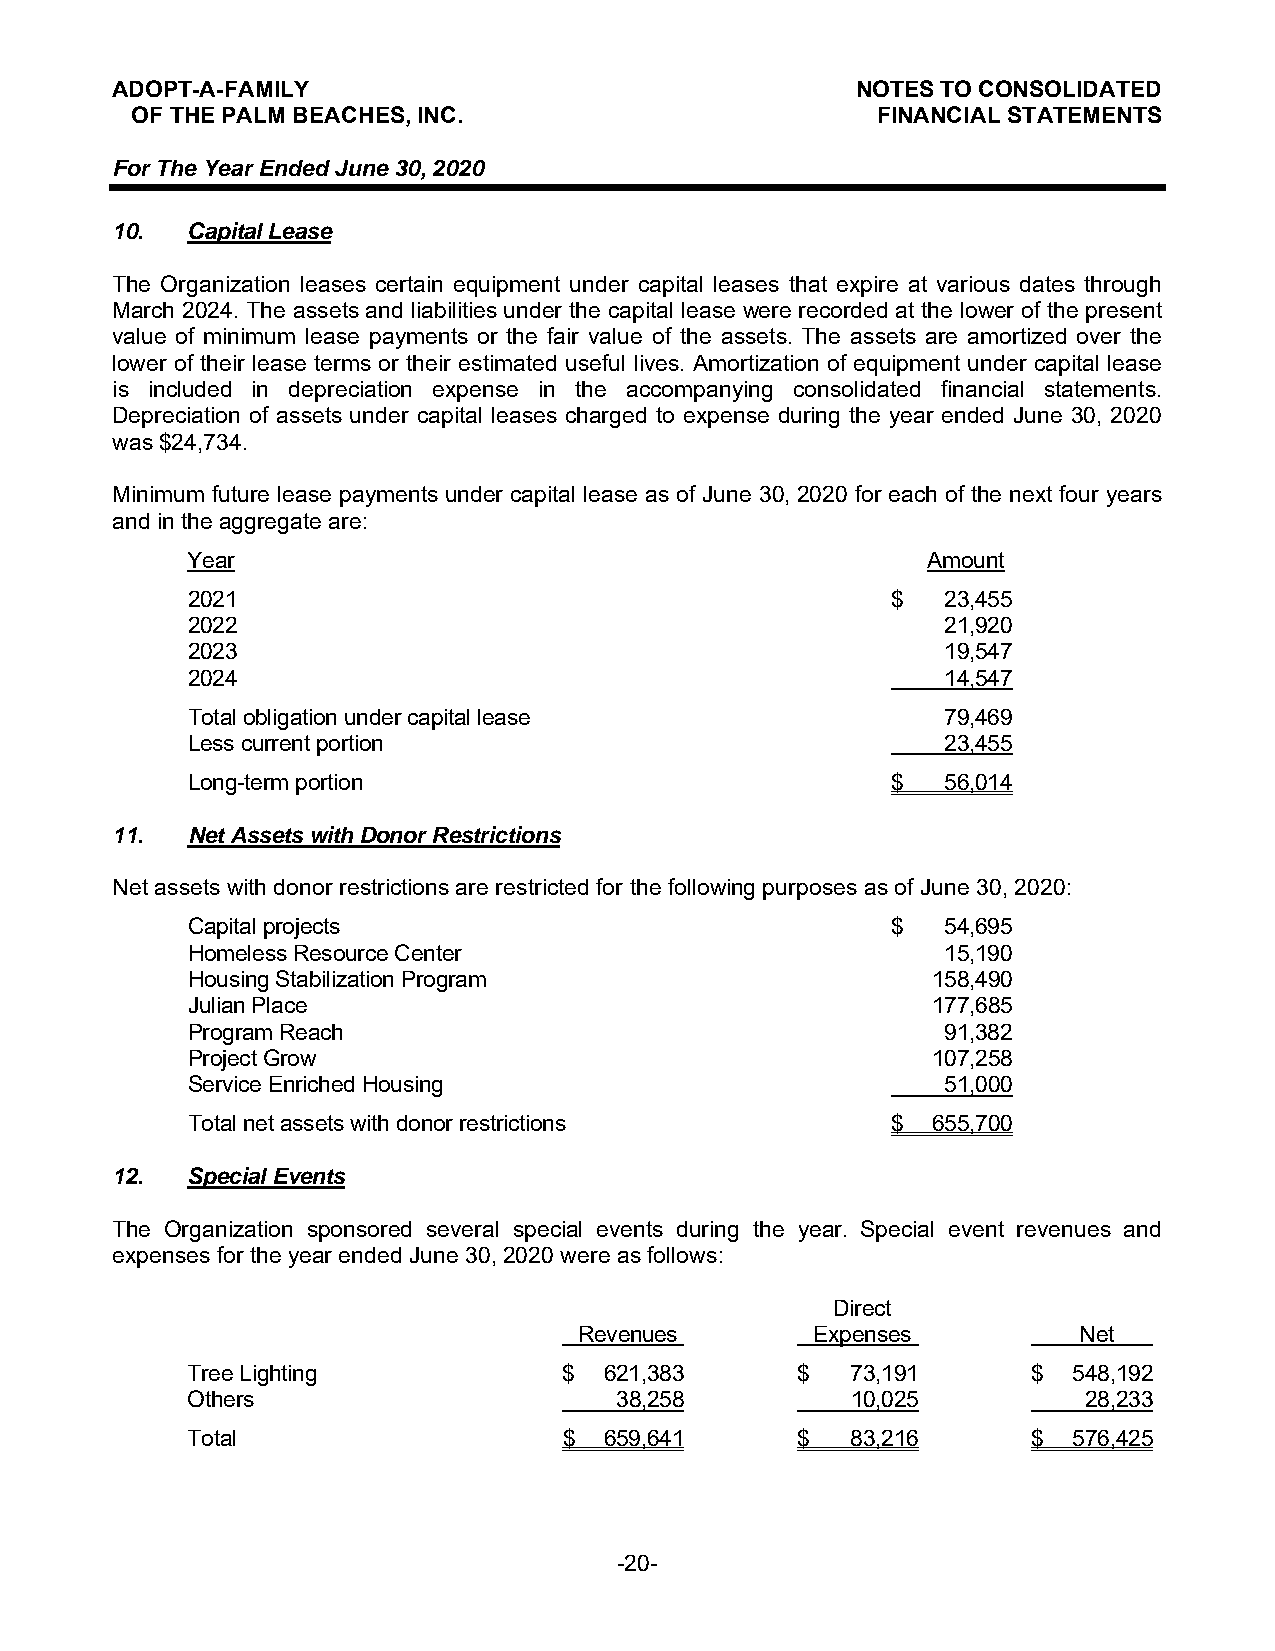
ADOPT-A-FAMILY                                    NOTES TO CONSOLIDATED
 OF THE PALM BEACHES, INC.                        FINANCIAL STATEMENTS
 For The Year Ended June 30, 2020
 10.  Capital Lease
 The Organization leases certain equipment under capital leases that expire at various dates through
 March 2024. The assets and liabilities under the capital lease were recorded at the lower of the present
 value of minimum lease payments or the fair value of the assets. The assets are amortized over the
 lower of their lease terms or their estimated useful lives. Amortization of equipment under capital lease
 is included in depreciation expense in the accompanying consolidated financial statements.
 Depreciation of assets under capital leases charged to expense during the year ended June 30, 2020
 was $24,734.
 Minimum future lease payments under capital lease as of June 30, 2020 for each of the next four years
 and in the aggregate are:
 Year                                             Amount
 2021                                           $   23,455
 2022                                               21,920
 2023                                               19,547
 2024                                               14,547
 Total obligation under capital lease               79,469
 Less current portion                               23,455
 Long-term portion                              $   56,014
 11.  Net Assets with Donor Restrictions
 Net assets with donor restrictions are restricted for the following purposes as of June 30, 2020:
 Capital projects                               $   54,695
 Homeless Resource Center                           15,190
 Housing Stabilization Program                     158,490
 Julian Place                                      177,685
 Program Reach                                      91,382
 Project Grow                                      107,258
 Service Enriched Housing                           51,000
 Total net assets with donor restrictions       $  655,700
 12.  Special Events
 The Organization sponsored several special events during the year. Special event revenues and
 expenses for the year ended June 30, 2020 were as follows:
 Direct
 Revenues        Expenses         Net
 Tree Lighting            $  621,383      $  73,191      $  548,192
 Others                       38,258         10,025          28,233
 Total                    $  659,641      $  83,216      $  576,425
 -20-